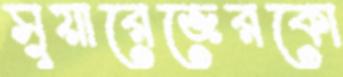
সুয়ারেজেরকো